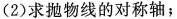
(2)求抛物线的对称轴；